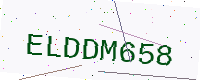
Text: ELDDM658